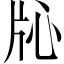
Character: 𬌓